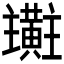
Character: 𪏜